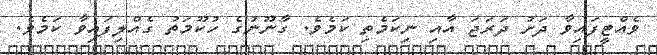
ވެއްޓީފައިވާ ދަށު ދަރަޖަ އާއި ނިކަމެތި ކަމެވެ. ގާނޫނުގެ ހުކޫމަތު ގެއްލިފައިވާ ކަމެވެ.